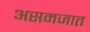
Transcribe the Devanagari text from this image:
असमजात